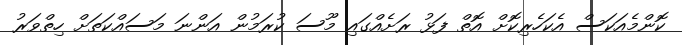
ކޮންމެއަކަސް އެކަހެރިކޮށް އޮތް ފަޅު ރަށެއްގައި މޫސަ ކުރަމުން އަންނަ މަސައްކަތަށް ހިތްވަރު